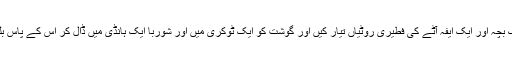
19تب جِدعو ن نے جا کر بکری کا ایک بچّہ اور ایک ایفہ آٹے کی فطِیری روٹِیاں تیّار کِیں اور گوشت کو ایک ٹوکری میں اور شوربا ایک ہانڈی میں ڈال کر اُس کے پاس بلُوط کے درخت کے نِیچے لا کر گُذرانا۔